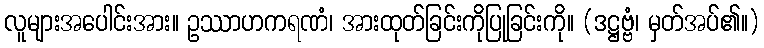
လူများအပေါင်းအား။ ဥဿာဟကရဏံ၊ အားထုတ်ခြင်းကိုပြုခြင်းကို။ (ဒဋ္ဌဗ္ဗံ၊ မှတ်အပ်၏။)